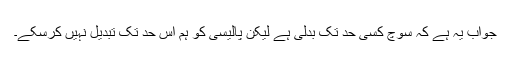
جواب یہ ہے کہ سوچ کسی حد تک بدلی ہے لیکن پالیسی کو ہم اس حد تک تبدیل نہیں کرسکے۔